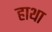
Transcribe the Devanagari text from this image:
हाथा